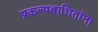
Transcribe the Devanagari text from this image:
प्रकल्पबाधितांना